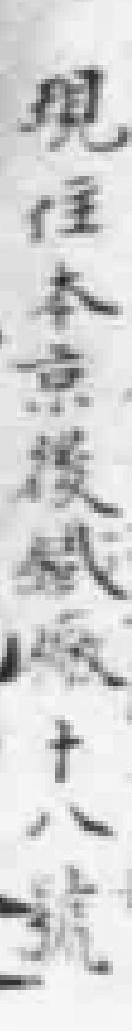
現住本京後鐵*廠十八號